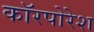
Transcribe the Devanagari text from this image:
कॉरपोरेश